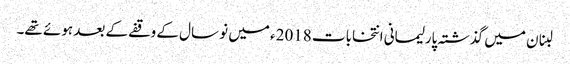
لبنان میں گذشتہ پارلیمانی انتخابات 2018ء میں نو سال کے وقفے کے بعد ہوئے تھے۔